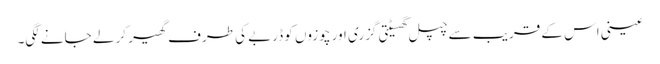
عینی اس کے قریب سے چپل گھسیٹتی گزری اور چوزوں کو ڈربے کی طرف گھیر کر لے جانے لگی۔